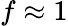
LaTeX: f\approx 1